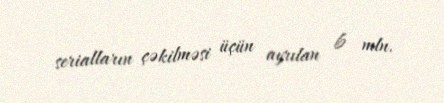
serialların çəkilməsi üçün ayrılan 6 mln.